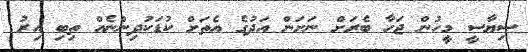
ސިޔާސީ މީހުން ޖަހާ ބެރަށް ނަށަން އަދުގެ އެތަށް ކުޑަކުދިންނެއް ތިބި އިރު